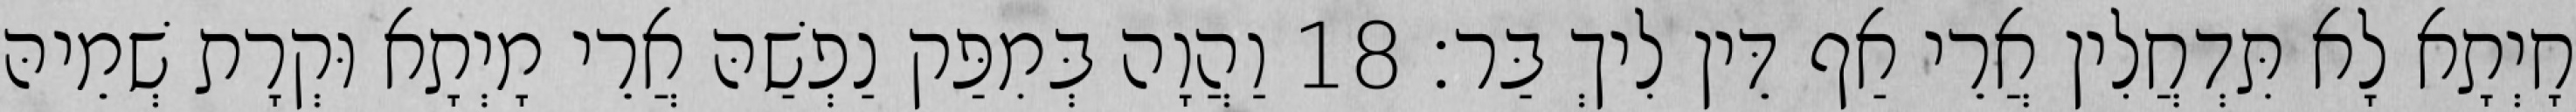
חָיְתָא לָא תִּדְחֲלִין אֲרֵי אַף דֵּין לִיךְ בַּר׃ 18 וַהֲוָה בְּמִפַּק נַפְשַׁהּ אֲרֵי מָיְתָא וּקְרָת שְׁמֵיהּ